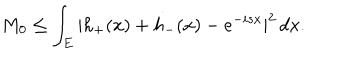
M _ { 0 } \leq \int _ { E } | h _ { + } ( x ) + h _ { - } ( x ) - e ^ { - i s x } | ^ { 2 } \, d x .